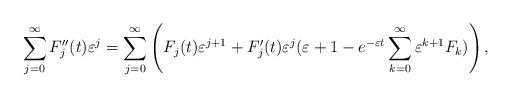
LaTeX: \begin{align*} \sum_{j=0}^{\infty}F_j''(t)\varepsilon^j=\sum_{j=0}^{\infty} \left(F_j(t)\varepsilon^{j+1}+F'_j(t)\varepsilon^j(\varepsilon+1-e^{-\varepsilon t}\sum_{k=0}^{\infty}\varepsilon^{k+1}F_k)\right),\end{align*}